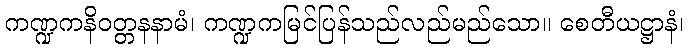
ကဏ္ဍကနိဝတ္တနနာမံ၊ ကဏ္ဍကမြင်ပြန်သည်လည်မည်သော။ စေတီယဋ္ဌာနံ၊